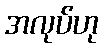
အလုပ်ဟု